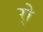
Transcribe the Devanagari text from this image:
र्‍ाे